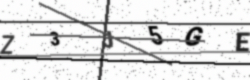
Text: Z3J5GE